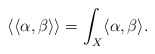
\begin{align*} \langle \langle \alpha, \beta \rangle \rangle = \int_{X} \langle \alpha, \beta \rangle. \end{align*}